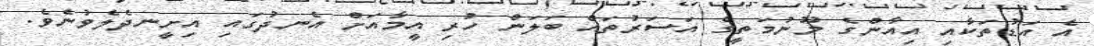
އެ އަޑުތަކާއި އިއާންގެ މޫނުމަތީގެ އަސަރުތައް ބަލަން ހުރި އީމާއަށް އެނދުގައި އިށީނދެލެވުނެވެ.